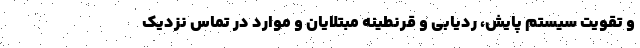
و تقویت سیستم پایش، ردیابی و قرنطینه مبتلایان و موارد در تماس نزدیک